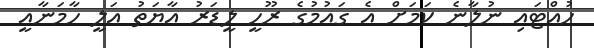
ހުއްޓައި ނުލާނެ ކަމަށް އެ ގައުމުގެ ރޫހީ ލީޑަރު އާޔަތު އަލީ ހާމަނާއީ